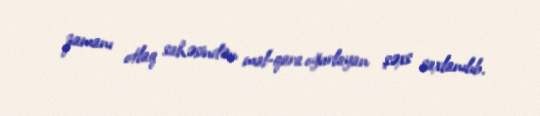
zamanı otlaq sahəsindən mal-qara oğurlayan şəxs saxlanılıb.